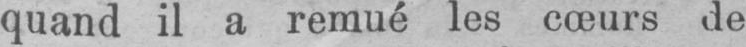
quand il a remué les cœurs de